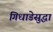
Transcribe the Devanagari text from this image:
गिधाडेसुद्धा